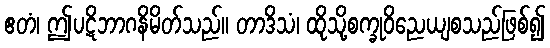
ဧတံ၊ ဤပဋိဘာဂနိမိတ်သည်။ တာဒိသံ၊ ထိုသို့စက္ခုဝိညေယျစသည်ဖြစ်၍